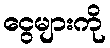
ငွေများကို